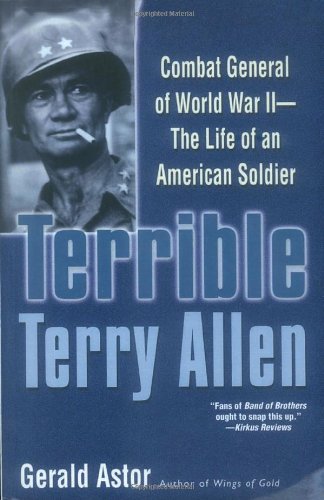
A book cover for Terrible Terry Allen: Combat General of World War II - The Life of an American Soldier; Gerald Astor; History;